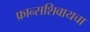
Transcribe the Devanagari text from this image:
फ्रान्सशिवायचा